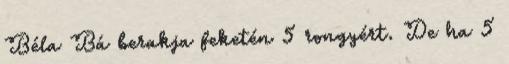
Béla Bá berakja feketén 5 rongyért. De ha 5